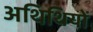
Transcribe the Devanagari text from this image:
अथिथियों